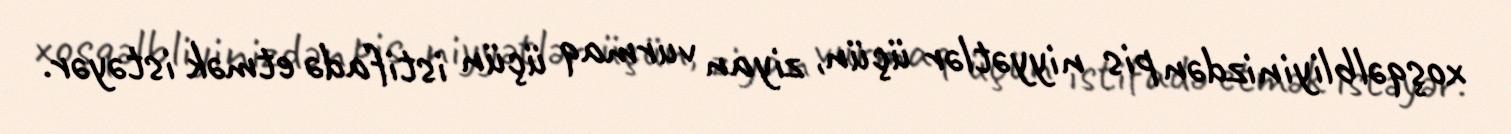
xoşqəlbliyinizdən pis niyyətlər üçün, ziyan vurmaq üçün istifadə etmək istəyər.